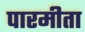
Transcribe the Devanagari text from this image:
पारमीता